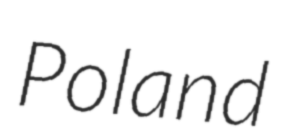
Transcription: Poland